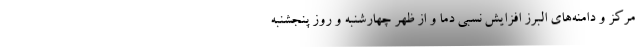
مرکز و دامنه‌های البرز افزایش نسبی دما و از ظهر چهارشنبه و روز پنجشنبه